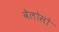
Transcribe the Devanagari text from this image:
वेलोसो